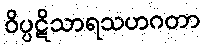
ဝိပ္ပဋိသာရသဟဂတာ